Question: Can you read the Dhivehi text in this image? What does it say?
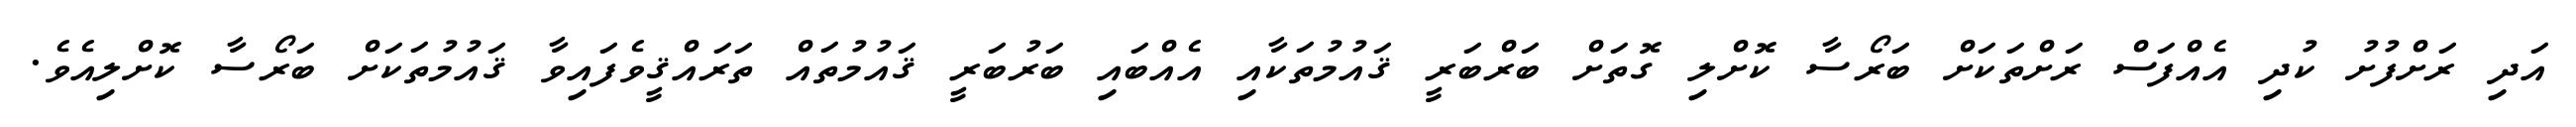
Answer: އަދި ރަށްފުށު ކުދި އެއްފަސް ރަށްތަކަށް ބަރޯސާ ކޮށްލި ގޮތަށް ބަރްބަރީ ޤައުމުތަކާއި އެއްބައި ބަރުބަރީ ޤައުމުތައް ތަރައްޤީވެފައިވާ ޤައުމުތަކަށް ބަރޯސާ ކޮށްލިއެވެ.